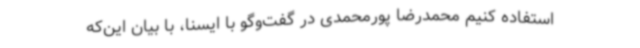
استفاده کنیم محمدرضا پورمحمدی در گفت‌وگو با ایسنا، با بیان این‌که